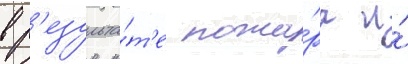
в р'езульта́т'е пожа́ра и́